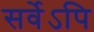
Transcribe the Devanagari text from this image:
सर्वेऽपि